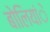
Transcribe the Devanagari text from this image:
बोलियांे